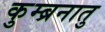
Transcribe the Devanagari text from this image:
कुम्ब्रनातु